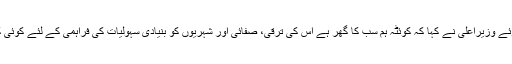
لوگوں سے بات چیت کرتے ہوئے وزیراعلیٰ نے کہا کہ کوئٹہ ہم سب کا گھر ہے اس کی ترقی، صفائی اور شہریوں کو بنیادی سہولیات کی فراہمی کے لئے کوئی کسر اٹھا نہیں رکھی جائے گی۔